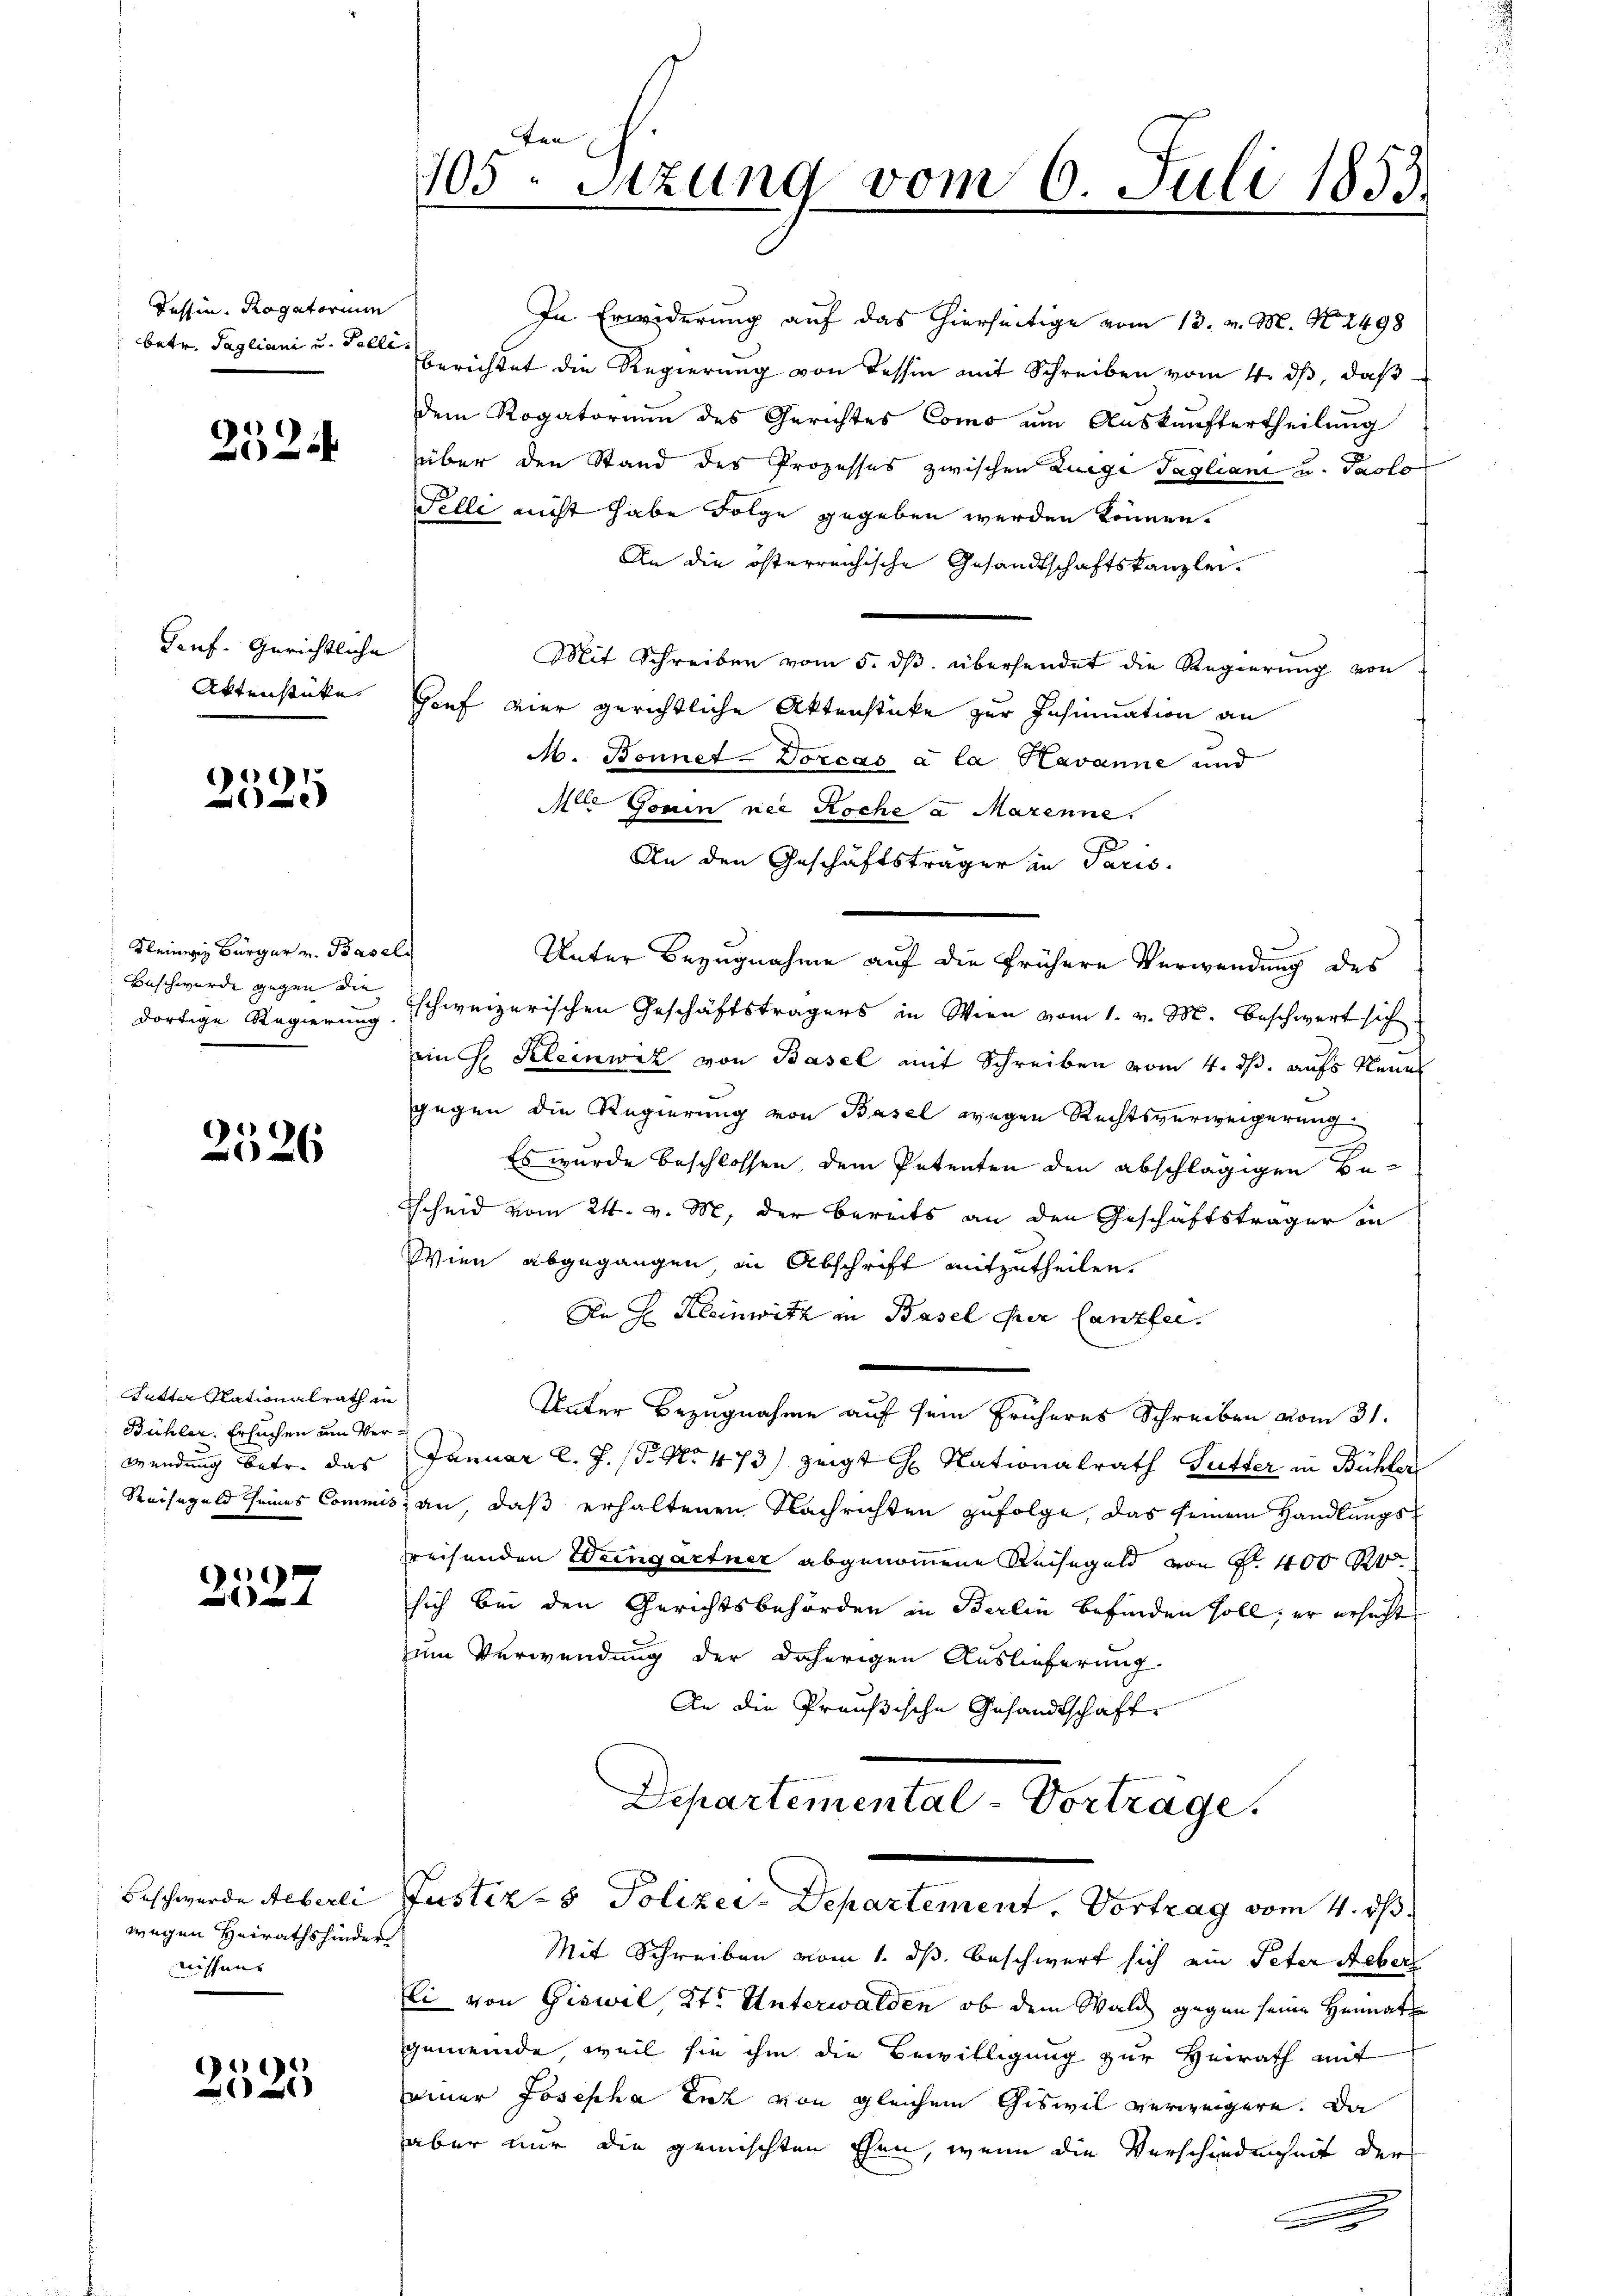
Tessin, Ragatorium
betr. Tagliani u. Palli

2524

Ponf. Gerichtliche
Aktenstüke

.

Kleines Bürger v. Basel
Beschwerde gegen die
dortige Regierung

2526

Sutter Nationalrath in
Bühler. Ersuchen am Verwendung betr. das
Reisegeld seines Commis

21127

Beschwerde Aeberli
wegen Heirathshinder
niffung

1

ten
105. Sitzung vom 6. Juli 1853.

In Erwiderung auf das hierseitige vom 13. v. M. N. 2498
berichtet die Regierung von Tessin mit Schreiben vom 4. ds, daß
dem Rogatorium des Gerichtes Como um Auskunftertheilung
über den Stand des Prozesses zwischen Luege Tagliani u. Paolo
Felle nicht habe Folge gegeben werden können.
An die österreichische Gesandtschaftskanzlei.
Mit Schreiben vom 5. ds. übersendet die Regierung von
Houf vier gerichtliche Aktenstücke zur Insinuation an
M. Bennet-Dorcas à la Havanne und
M Gonin nie Roche a Mazenne.
An den Geschäftsträger in Paris.
Unter Bezugnahme auf die frühere Verwendung des
Eschweizerischen Geschäftsträgers in Wien vom 1. v. M. beschwert sich
ein H. Kleinwil von Basel mit Schreiben vom 4. ds. aufs Neue
gegen die Regierung von Basel wegen Rechtsverweigerung
Es wurde beschlossen dem Petenten den abschlägigen Bescheid vom 24. v. M. der bereits an den Geschäftsträger in
Wien abgegangen in Abschrift mitzutheilen.
An H. Kleinwitz in Basel per Canzler.
Unter Bezugnahme auf sein früheres Schreiben vom 31.
Januar l. J. (T. No 473) zeigt H. Nationalrath Gutter in Bühler
an, daß erhaltenen Nachrichten zufolge, das seinem Handlungsreisenden Weingartner abgenommene Reisegeld von Fr. 400 R
sich bei den Gerichtsbehörden in Berlin befinden soll, er ersucht
um Verwendung der daherigen Auslieferung.
An die Preußische Gesandtschaft

Departe

Mit Schreiben vom 1. ds. beschwert sich am Peter Aeber
li von Giswil Kt. Unterwalden, ob dem Wald gegen seine Heimat
gemeinde, weil sie ihm die Bewilligung zur Heirath mit
einer Josepha tut von gleichem Giswil verweigere. Da
aber nur die gemischten Ehen, wenn die Verschiedenheit der

nental-Vortrage.
Justiz- & Polizei-Departement. Vortrag vom 4. ds.